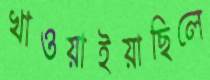
খাওয়াইয়াছিলে